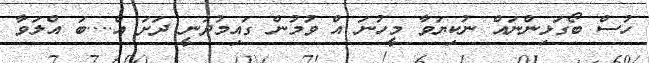
ހުސް ބޯގަޅިންނައް ނުކިޔަވާ މީހުނަ އް ވުމުން ގައިމުދަނީ ދަށަ އް....ބަ އްލަވާ